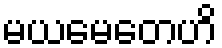
မယမေတေဟိ